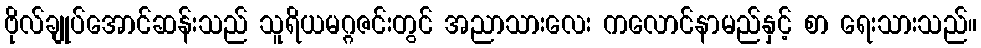
ဗိုလ်ချုပ်အောင်ဆန်းသည် သူရိယမဂ္ဂဇင်းတွင် အညာသားလေး ကလောင်နာမည်နှင့် စာ ရေးသားသည်။